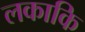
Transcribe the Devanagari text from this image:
लकाकि